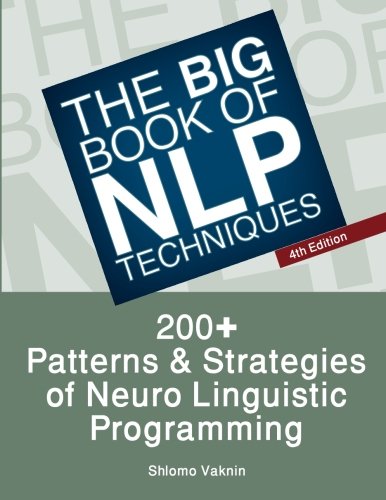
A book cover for The Big Book Of NLP Techniques: 200+ Patterns & Strategies of Neuro Linguistic Programming; Shlomo Vaknin; Self-Help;